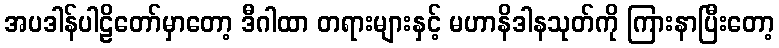
အပဒါန်ပါဠိတော်မှာတော့ ဒီဂါထာ တရားများနှင့် မဟာနိဒါနသုတ်ကို ကြားနာပြီးတော့